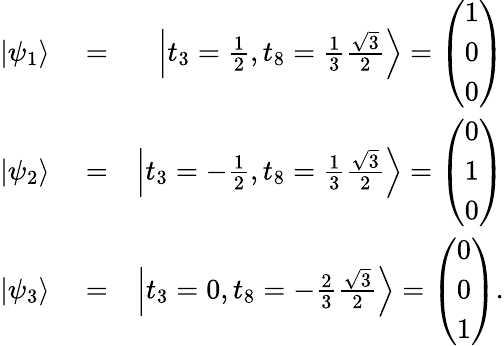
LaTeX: \begin{array}{rlr}{|\psi_{1}\rangle}&{{}=}&{\left|t_{3}=\frac{1}{2},t_{8}=\frac{1}{3}\frac{\sqrt{3}}{2}\right\rangle=\left(\begin{array}{l}{1}\\ {0}\\ {0}\end{array}\right)}\\ {|\psi_{2}\rangle}&{{}=}&{\left|t_{3}=-\frac{1}{2},t_{8}=\frac{1}{3}\frac{\sqrt{3}}{2}\right\rangle=\left(\begin{array}{l}{0}\\ {1}\\ {0}\end{array}\right)}\\ {|\psi_{3}\rangle}&{{}=}&{\left|t_{3}=0,t_{8}=-\frac{2}{3}\frac{\sqrt{3}}{2}\right\rangle=\left(\begin{array}{l}{0}\\ {0}\\ {1}\end{array}\right).}\end{array}